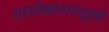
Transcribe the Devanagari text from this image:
सादरीकारणापूर्वी